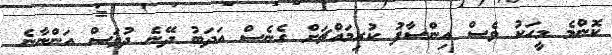
ކޮންމެ މީހަކު ވެސް އިންސާފު ކުރިމައްޗަށް ގެނެސް އަދަބު ދޭނެ ދުވަސް އަންނާނެ